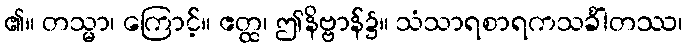
၏။ တသ္မာ၊ ကြောင့်။ ဧတ္ထ၊ ဤနိဗ္ဗာန်၌။ သံသာရစာရကသင်္ခါတဿ၊